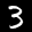
Label: 3